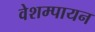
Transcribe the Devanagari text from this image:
वेशम्पायन